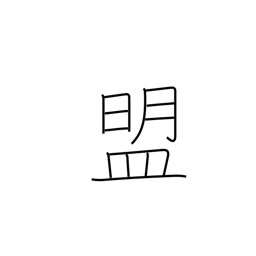
Meaning: oath